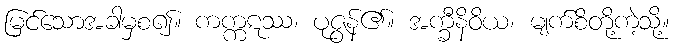
မြင်သောအခါမှစ၍။ ကက္ကဋဿ၊ ပုဇွန်၏။ အက္ခီနိဝိယ၊ မျက်စိတို့ကဲ့သို့။